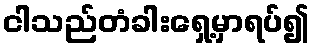
ငါသည်တံခါးရှေ့မှာရပ်၍